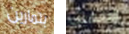
بتمارين اليانصيب